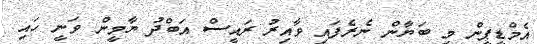
އެމްޑީޕީން މި ބަޔާން ނެރެފައި ވާއިރު ރައީސް އަބްދު ޔާމީން ވަނީ ހައި